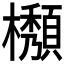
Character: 𱤲